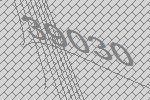
39030